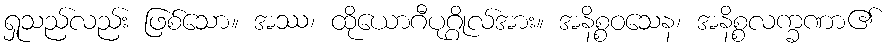
ရှုသည်လည်း ဖြစ်သော။ အဿ၊ ထိုယောဂီပုဂ္ဂိုလ်အား။ အနိစ္စဝသေန၊ အနိစ္စလက္ခဏာ၏